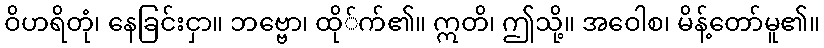
ဝိဟရိတုံ၊ နေခြင်းငှာ။ ဘဗ္ဗော၊ ထို်က်၏။ ဣတိ၊ ဤသို့။ အဝေါစ၊ မိန့်တော်မူ၏။